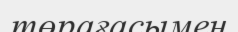
төрағасымен